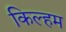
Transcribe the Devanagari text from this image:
किल्हम